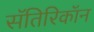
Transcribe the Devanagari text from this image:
सॅतिरिकॉन